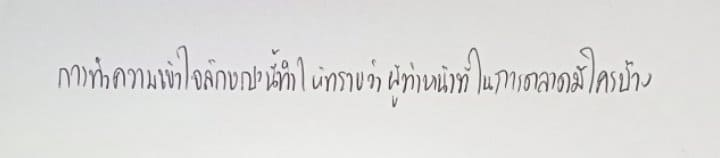
การทำความเข้าใจลักษณะนี้ทำให้ทราบว่าผู้ทำหน้าที่ในการตลาดมีใครบ้าง